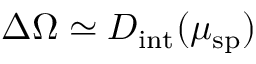
\Delta \Omega \simeq D _ { \mathrm { i n t } } ( \mu _ { \mathrm { s p } } )